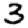
Digit: 3